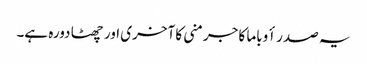
یہ صدر أوباما کا جرمنی کا آخری اور چھٹا دورہ ہے۔